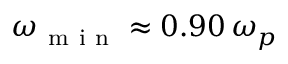
\omega _ { \mathrm { ~ m ~ i ~ n ~ } } \approx 0 . 9 0 \, \omega _ { p }